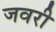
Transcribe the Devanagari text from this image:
जवरी